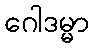
ဂေါဒမ္မာ